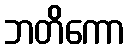
ဘတိကော